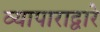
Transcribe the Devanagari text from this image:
व्यापाराद्वारे